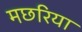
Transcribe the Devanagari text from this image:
मछरिया